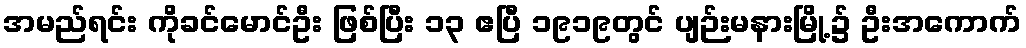
အမည်ရင်း ကိုခင်မောင်ဦး ဖြစ်ပြီး ၁၃ ဧပြီ ၁၉၁၉တွင် ပျဉ်းမနားမြို့၌ ဦးအကောက်